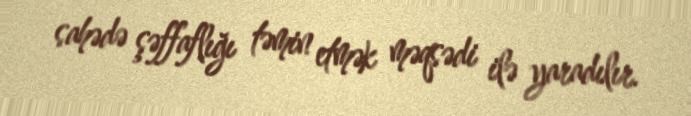
sahədə şəffaflığı təmin etmək məqsədi ilə yaradılır.